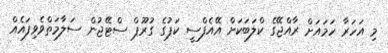
މި އަހަރާ ހަމައަށް ރާއްޖޭގެ ކްލަބަކަށް އޭއެފްސީ ކަޕުގެ ގުރޫޕް ސްޓޭޖުން ސަލާމަތްވެވިފައެއް